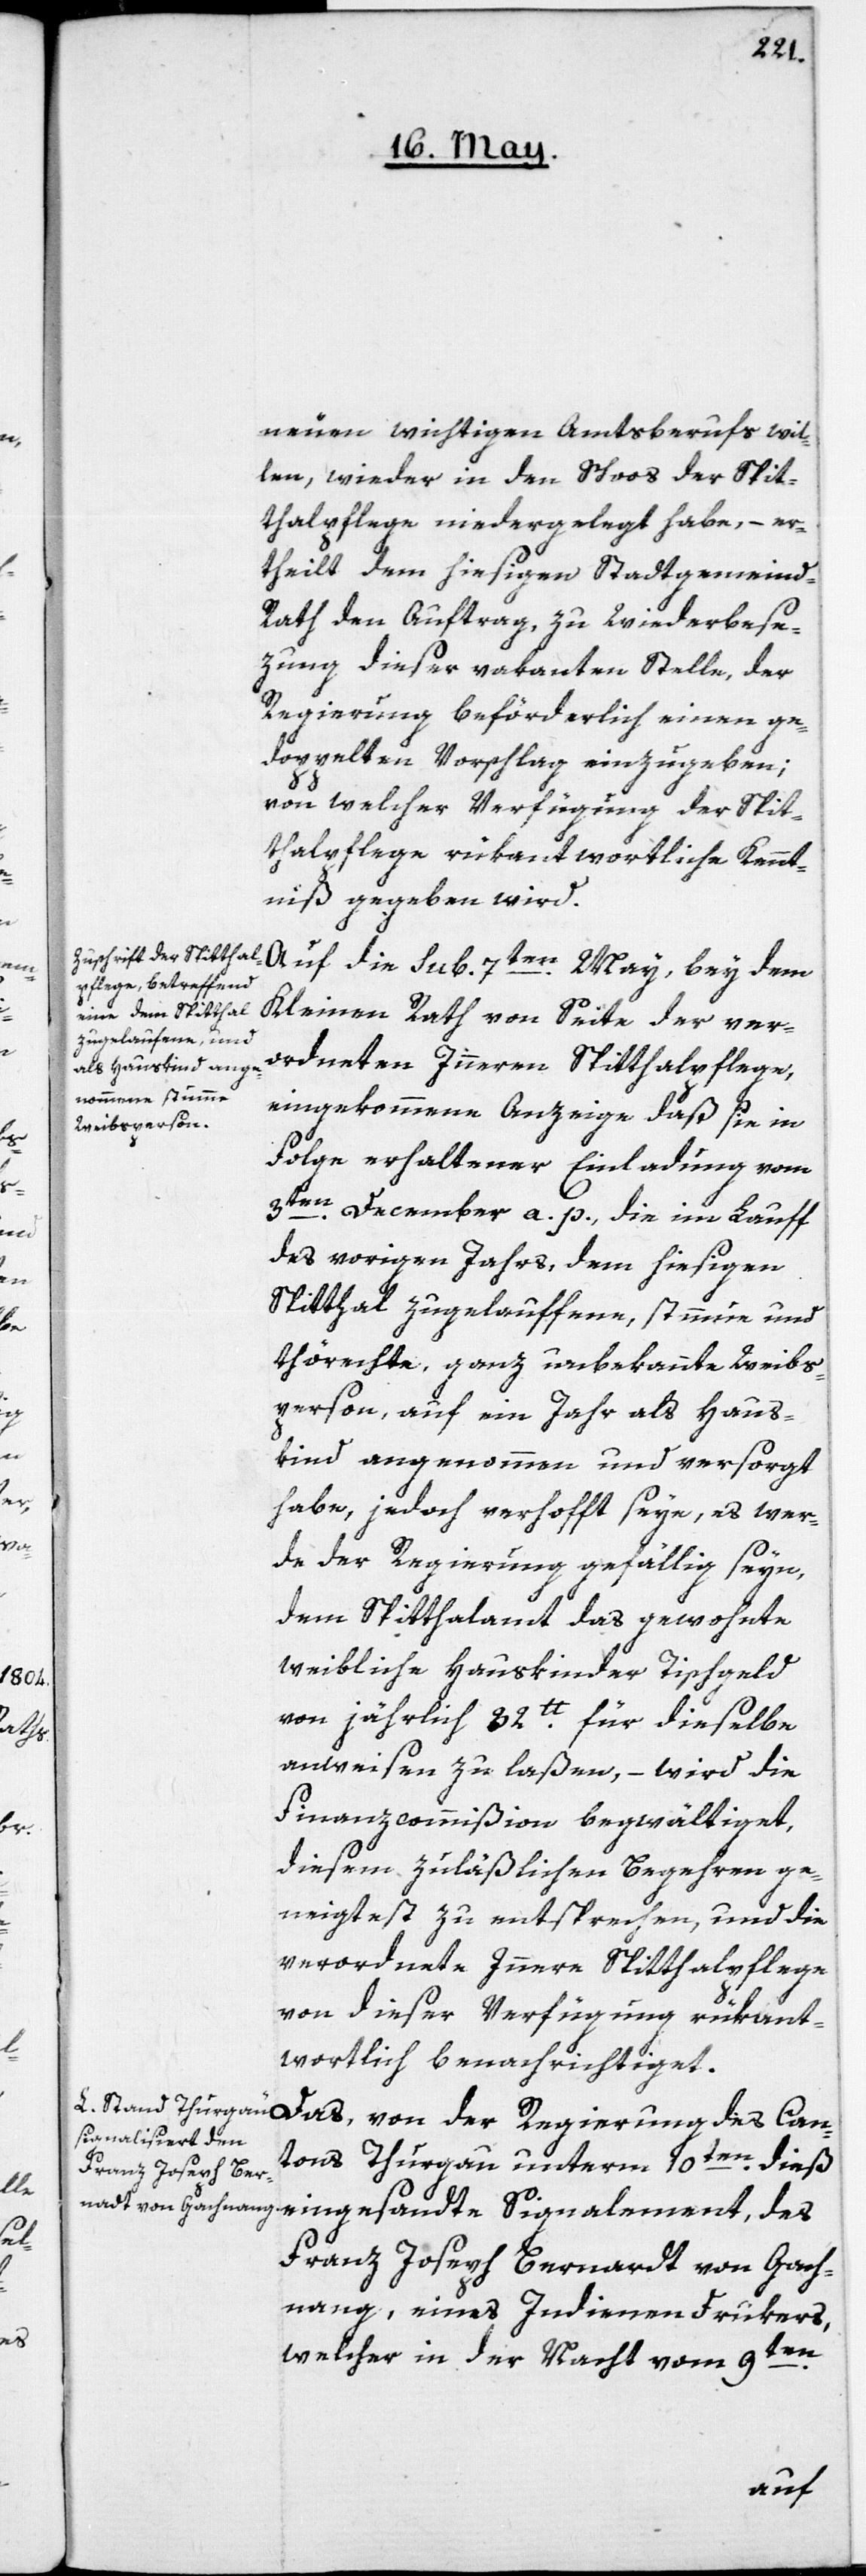
Can¬
neuen wichtigen Amtsberufs wil¬
len, wieder in den Schoos der Spit¬
thalpflege niedergelegt habe, – er¬
theilt dem hiesigen Stadtgemeind-R¬
ath den Auftrag, zu Wiederbese¬
zung dieser vakanten Stelle, der
Regierung beförderlich einen ge¬
doppelten Vorschlag einzugeben;
von welcher Verfügung der Spit¬
thalpflege rükantwortliche Kennt¬
niß gegeben wird.
Auf die sub 7ten May, bey dem
Kleinen Rath von Seite der ver¬
ordneten Inneren Spitthalpflege
eingekommene Anzeige, daß sie in
Folge erhaltener Einladung vom
3ten December a. p. die im Lauff
des vorigen Jahrs, dem hiesigen
Spitthal zugelauffene, stumme und
thörechte, ganz unbekannte Weibs¬
person, auf ein Jahr als Haus¬
kind angenommen und versorgt
habe, jedoch verhofft seye, es wer¬
de der Regierung gefällig seyn,
dem Spitthalamt das gewohnte
weibliche Hauskinder Tischgeld
von jährlich 32lb für dieselbe
anweisen zu laßen, – wird die
Finanzcommißion begwältiget,
diesem zuläßlichen Begehren ge¬
neigtest zu entsprechen, und die
verordnete Innere Spitthalpflege
von dieser Verfügung rükant¬
wortlich benachrichtiget.
tons Thurgau unterm 10ten dieß
Franz Joseph Bernardt von Gach¬
nang, eines Indienendrukers,
welcher in der Nacht vom 9ten